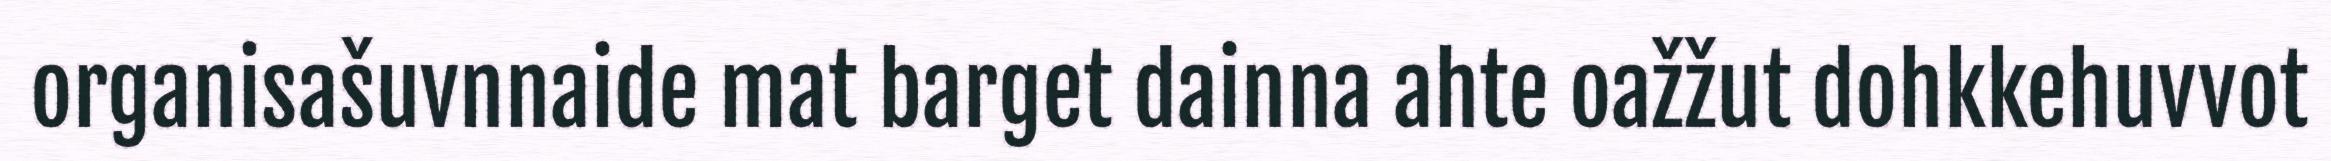
organisašuvnnaide mat barget dainna ahte oažžut dohkkehuvvot